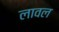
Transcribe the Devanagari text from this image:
लावल